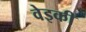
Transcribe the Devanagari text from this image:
वेइकी